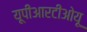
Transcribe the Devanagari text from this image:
यूपीआरटीओयू